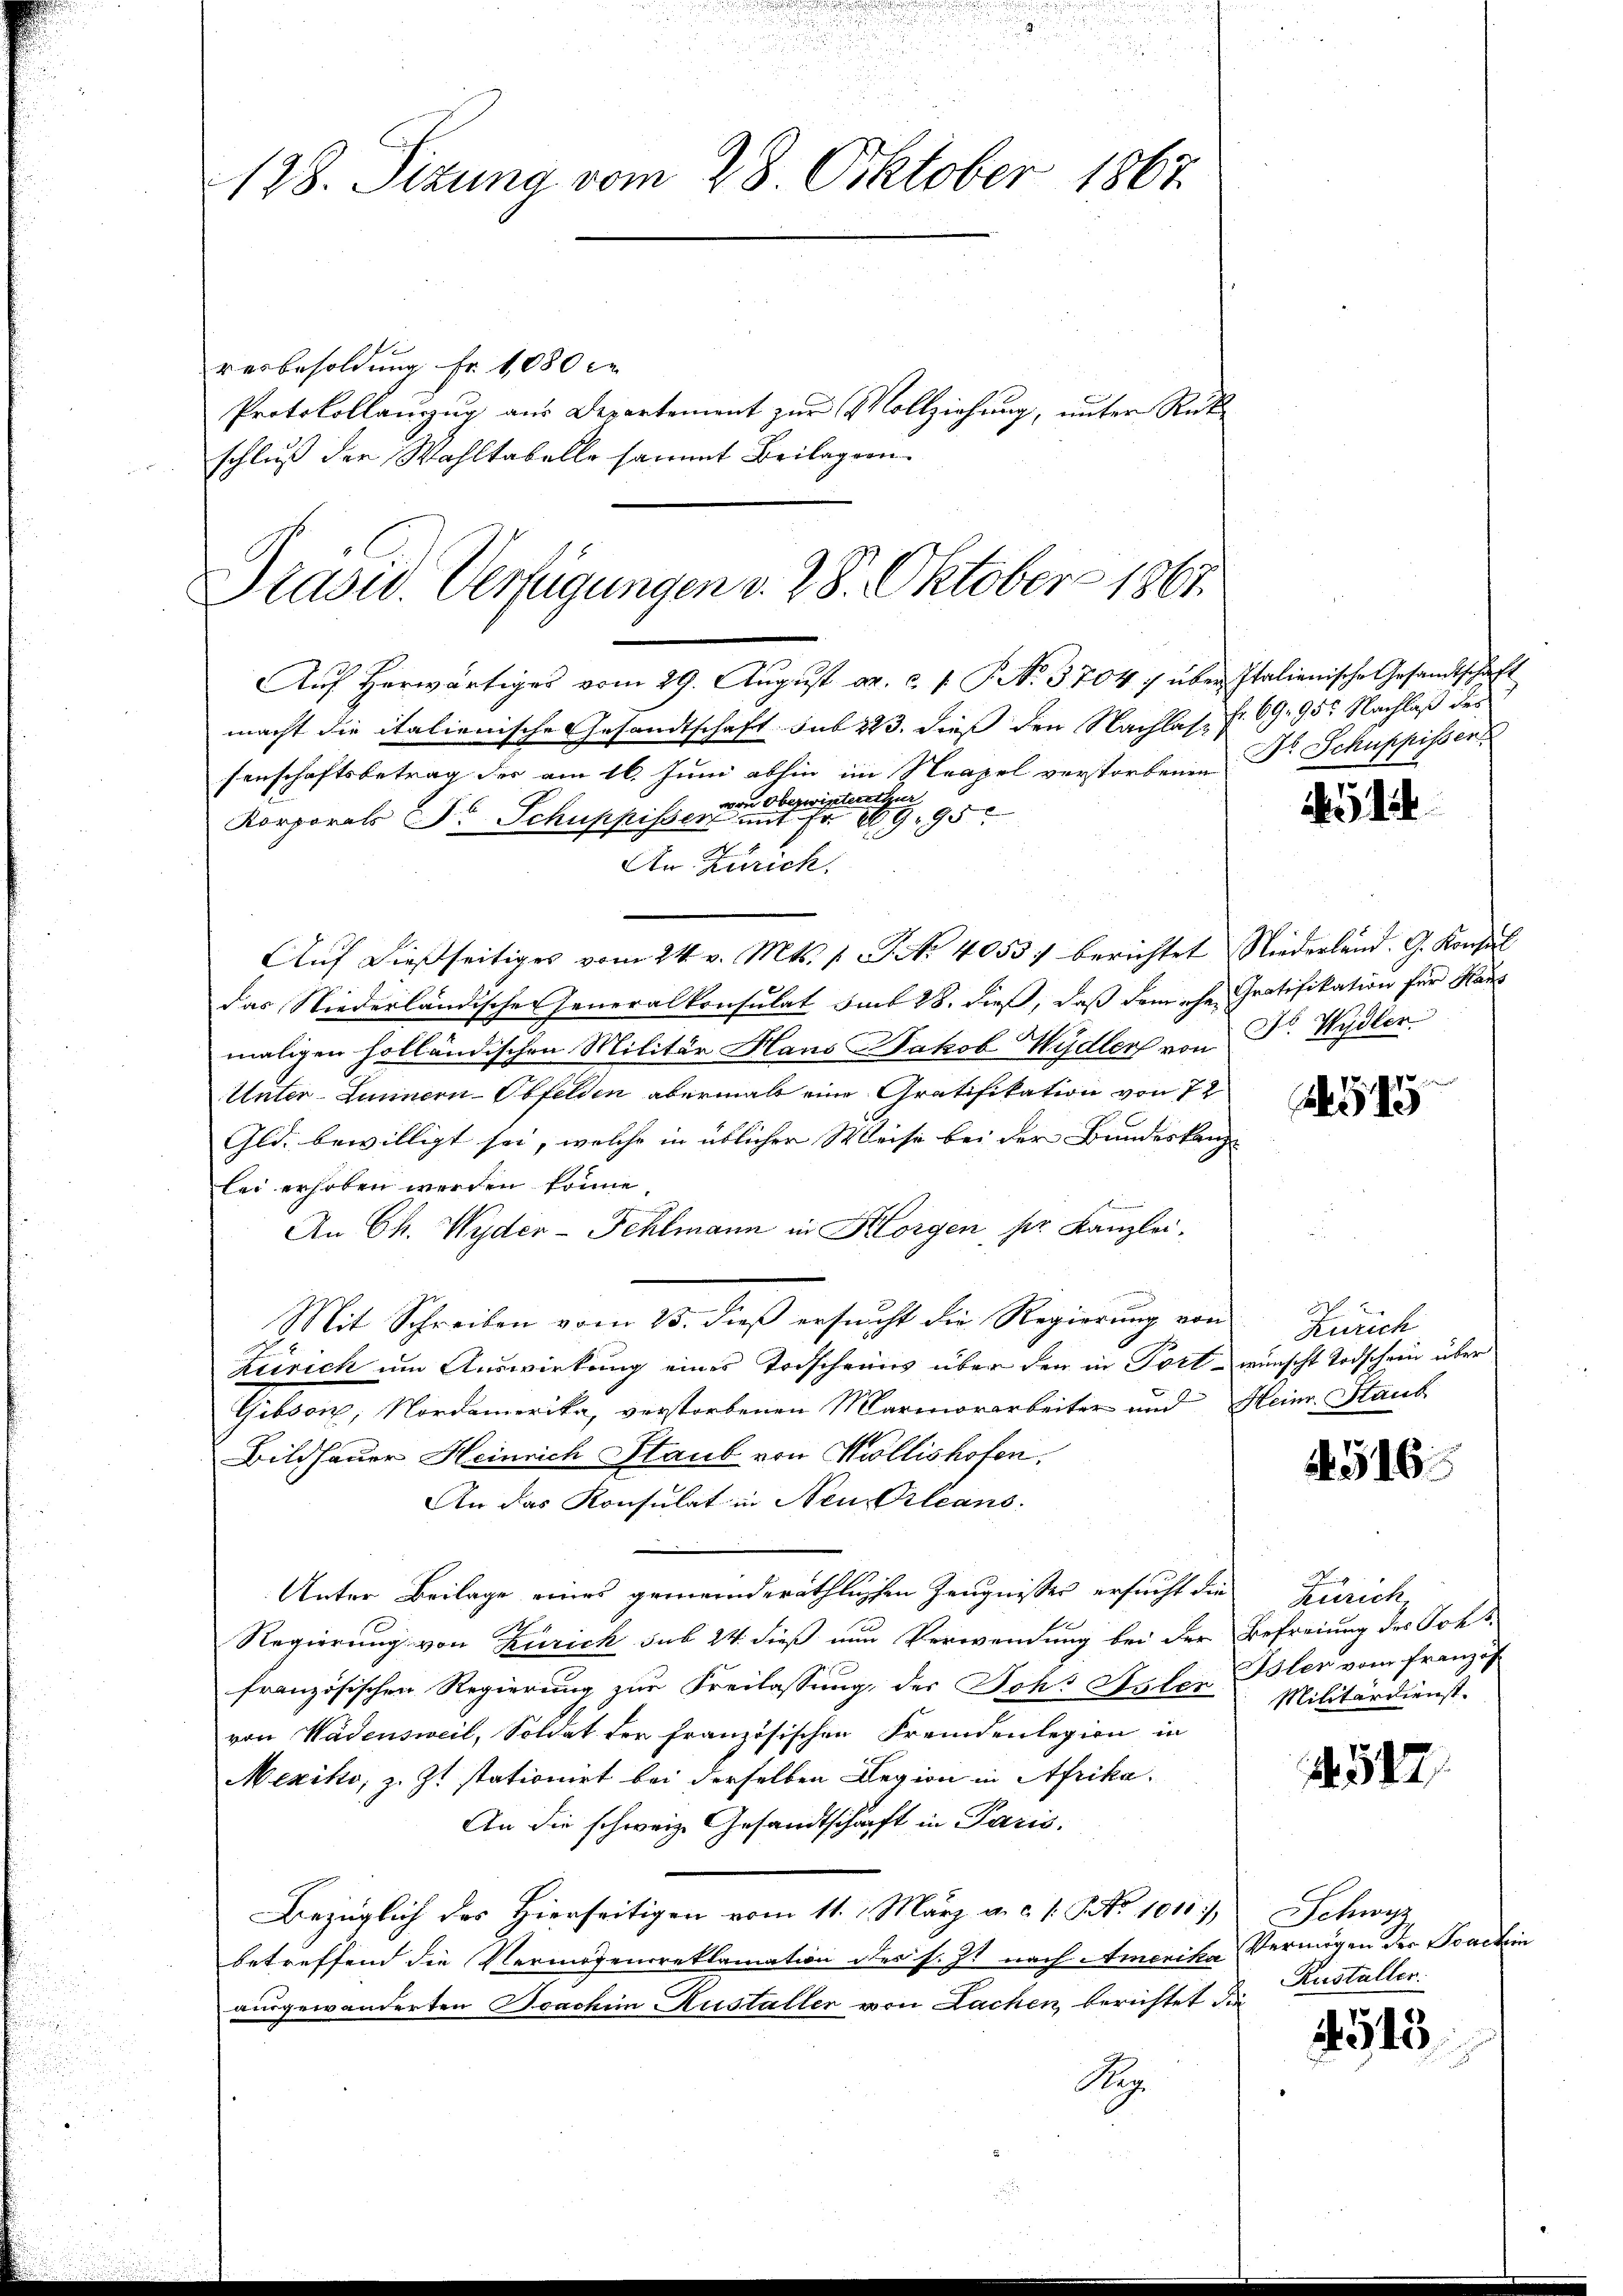
128. Sizung vom 28. Oktober 1867.

verbesoldung Fr. 1080 c
Protokollauszug aus Departement zur Vollziehung, unter Rükschluß der Wahltabelle sammt Beilagen

Präsid. Verfügungen v. 28. Oktober 1867.

Auf herwärtiges vom 29. August a. c. 1. P. N. 37047 über Italienische Gesandtschaft
macht die italienische Gesandtschaft sub 223. dieß den Nachlas, Fr. 69. 955 Nachlaß des
senschaftsbetrag der am 16. Juni abhin im Neapel verstorbenen Dr Schuppissen
von Oberwinterthur
Korporats Dr Schuppisser mit Fr. 1995.
An Zürich.
Aŭf dießseitiges vom 24. v. Mts. s. S. No 4053) berichtet Niederland. G. Konsul
das Niederländische Generalkonsulat am 28. dieß, daß dem ehe Gratifikation für Haus
maligen holländischen Militär Haus Jakob Wydlers von Dr. Wydler.
Unter-Lunnern-Obfelden abermals eine Gratifikation von 72
Gld. bewilligt sei, welche in üblicher Weise bei der Bundeskanz
lei erhoben werden könne.
An Ch. Wyder - Fehlmann in Horgen, ser Kanzlei-
Mit Schreiben vom 25. dieß ersucht die Regierung von
Zürich um Auswirkung eines Todscheins über den in Fort- wünscht Todschein über
Gibson, Nordamerika, verstorbenen Marmorarbeiter und Heinr. Staub
Bildhauer Heinrich Staub von Kollishofen.
An das Konsulat in Neu Orleans
Unter Beilage eines gemeinderäthlichen Zeugnisser ersucht die Zürich,
Regierung von Zürich sub 24 dieß nun Verwendung bei der Befreiung des Orts
französischen Regierung zur Freilassung, der Joh. Suter Bler vom französ
von Wädensweil, Soldat der französischen Fremdenlegion in
Mexiko, z. Zt. stationirt bei derselben Legion in Afrika¬
An die schweiz. Gesandtschaft in Paris.
Bezüglich des Hierseitigen vom 11. 1. März a. c. 1. No 1010,
betreffend die Vermögensreklamation der s. Zt. nach Amerika Vermögen der Sachein
ausgewanderten Joachim Austaller von Lachen, berichtet die
Se

1

85

Zürich

4516.

Militärdienst.

542

Schwyz
Rusteller.

4513